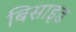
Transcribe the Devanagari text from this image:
बिसाइड